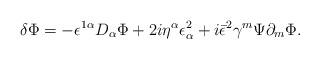
LaTeX: \begin{align*}\delta\Phi=-\epsilon^{1\alpha}D_\alpha\Phi+2i\eta^\alpha\epsilon^2_\alpha+i\bar\epsilon^2\gamma^m\Psi\partial_m\Phi.\end{align*}